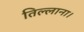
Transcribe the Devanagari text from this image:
तिल्लाना।